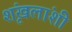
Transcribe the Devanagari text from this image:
शृंखलांशी